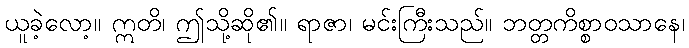
ယူခဲ့လော့။ ဣတိ၊ ဤသို့ဆို၏။ ရာဇာ၊ မင်းကြီးသည်။ ဘတ္တကိစ္စာဝသာနေ၊